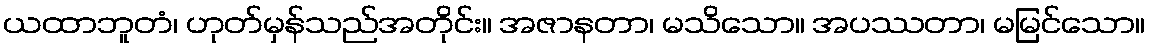
ယထာဘူတံ၊ ဟုတ်မှန်သည်အတိုင်း။ အဇာနတာ၊ မသိသော။ အပဿတာ၊ မမြင်သော။